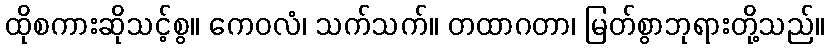
ထိုစကားဆိုသင့်စွ။ ကေဝလံ၊ သက်သက်။ တထာဂတာ၊ မြတ်စွာဘုရားတို့သည်။